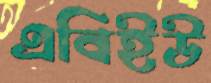
এবিইউ